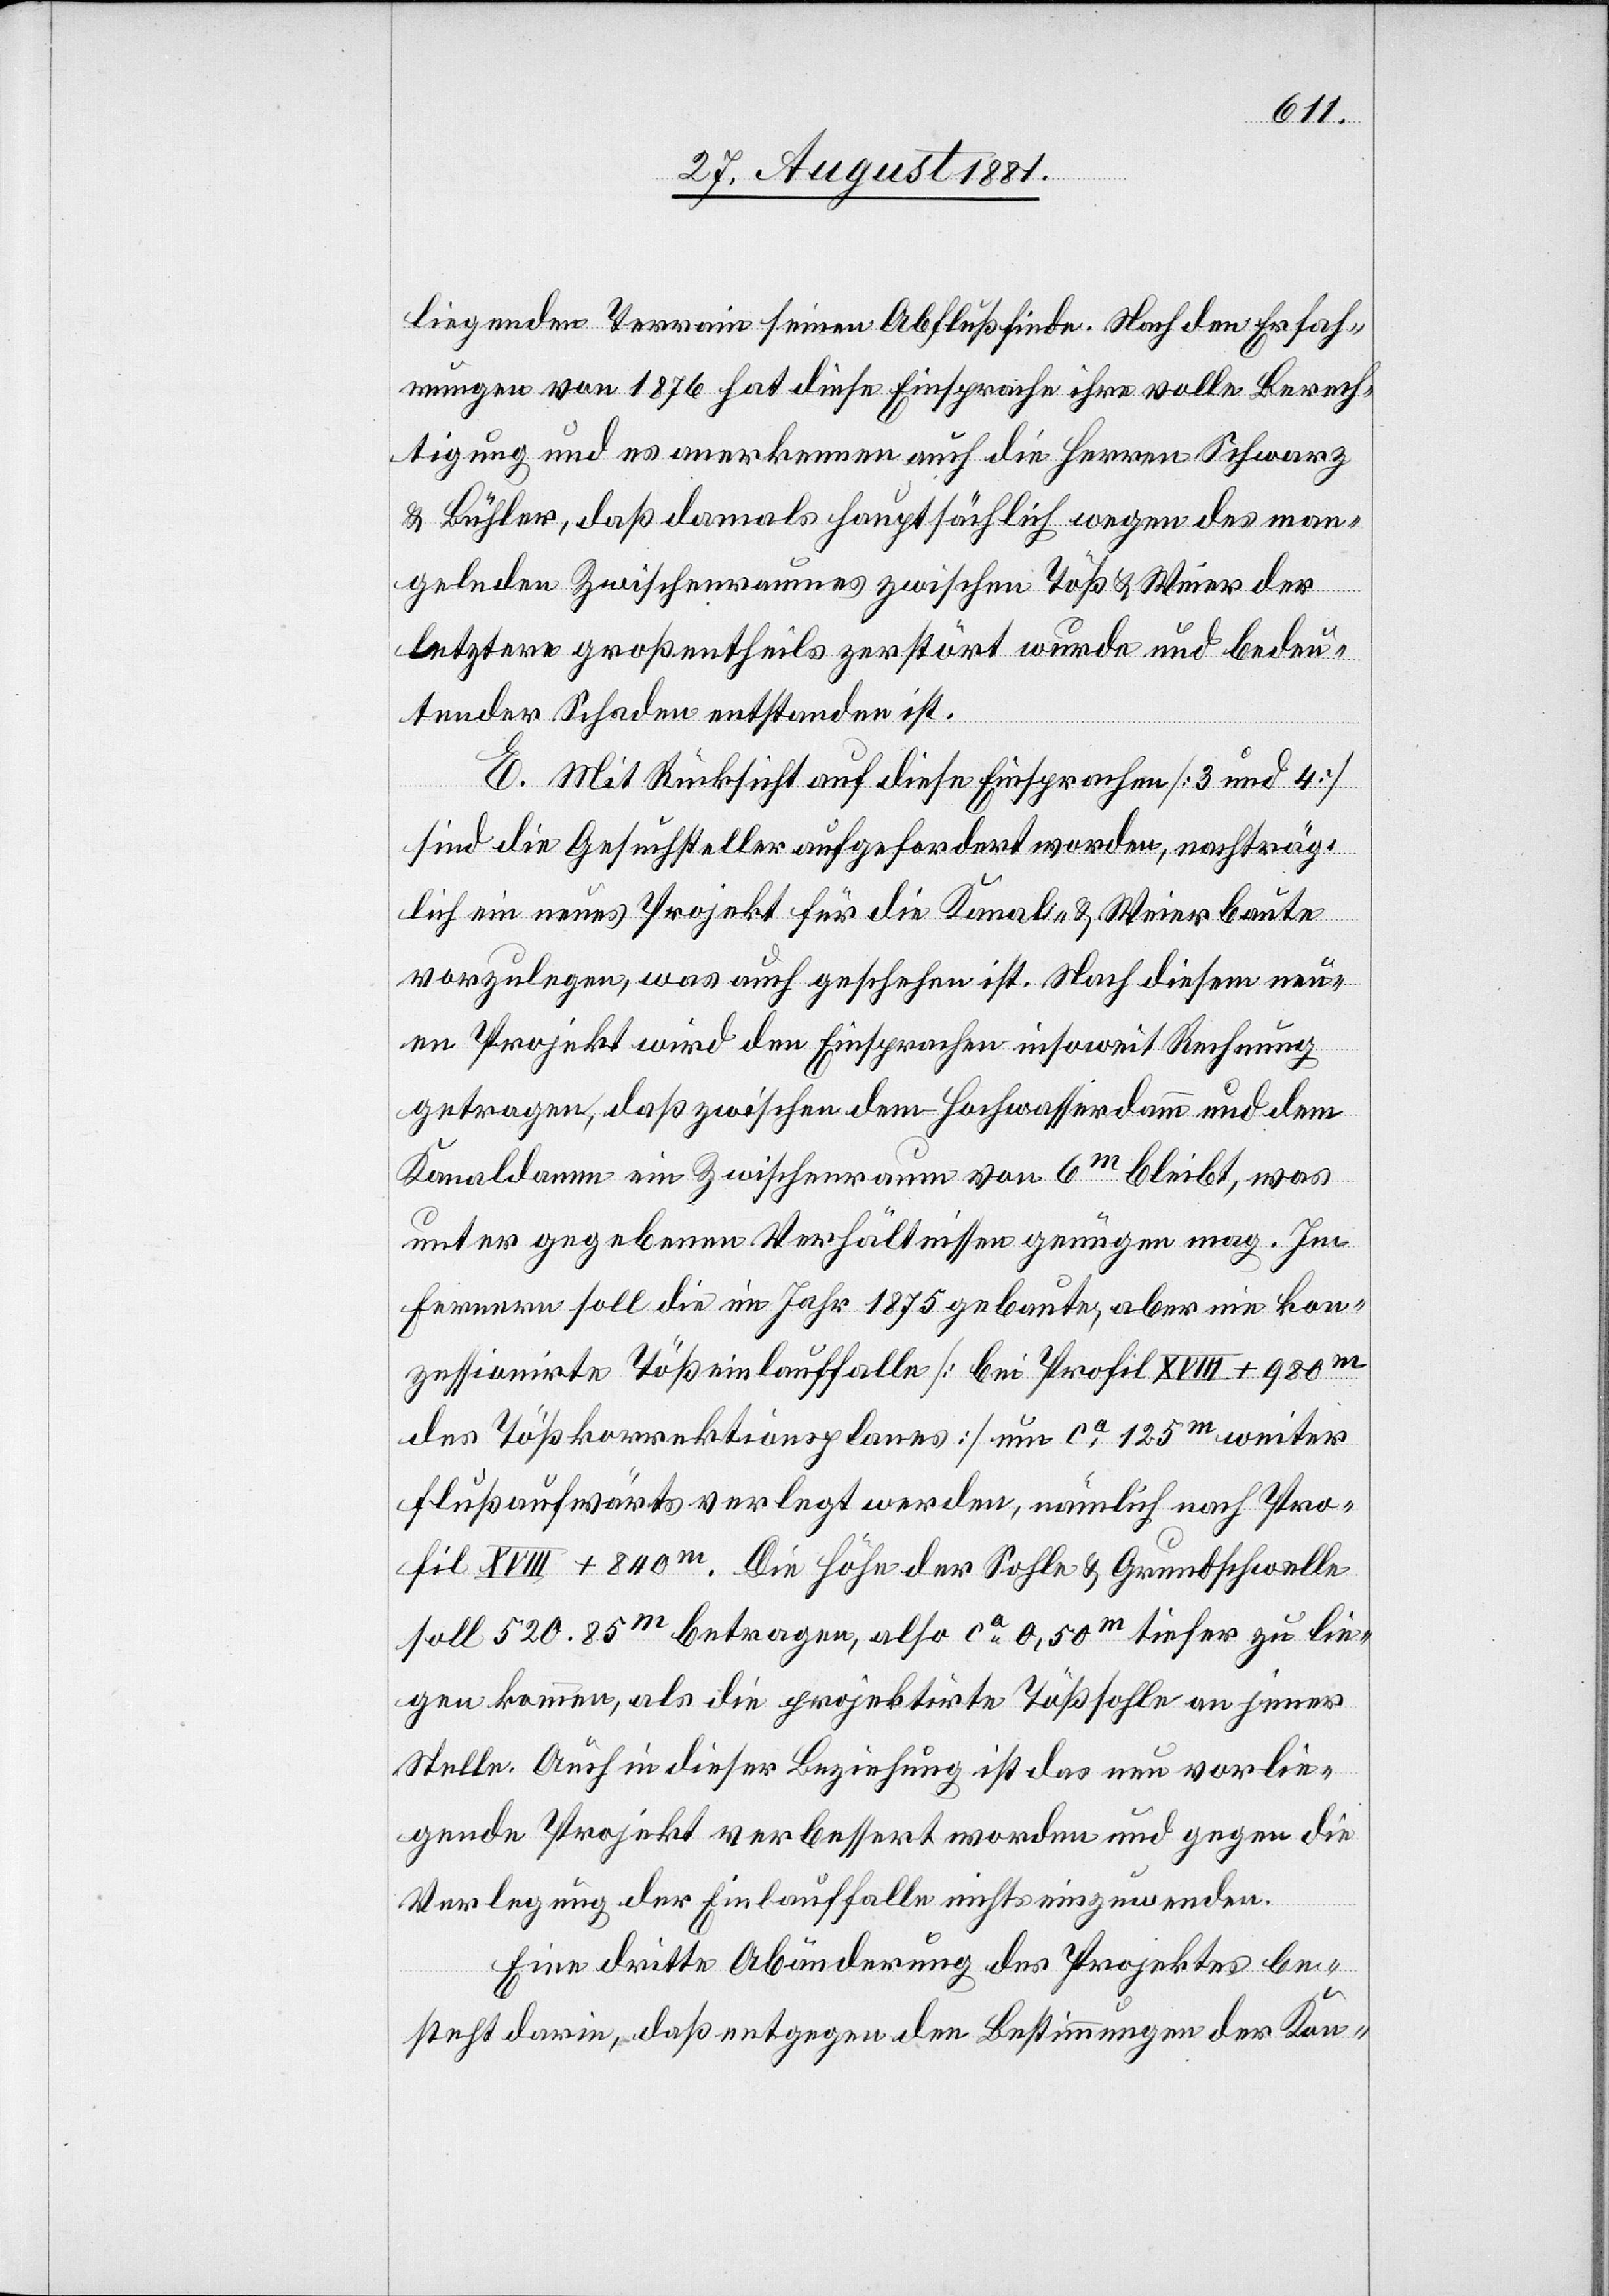
liegenden Terrain seinen Abfluß finde. Nach den Erfah¬
rungen von 1876 hat diese Einsprache ihre volle Berech¬
tigung und es anerkennen auch die Herren Schwarz
& Bühler, daß damals hauptsächlich wegen des man¬
gelnden Zwischenraumes zwischen Töß & Weier der
letztere großentheils zerstört wurde und bedeu¬
tender Schaden entstanden ist.
E. Mit Rücksicht auf diese Einsprachen [3 und 4]
sind die Gesuchsteller aufgefordert worden, nachträg¬
lich ein neues Projekt für die Kanal- & Weierbaute
vorzulegen, was auch geschehen ist. Nach diesem neu¬
en Projekt wird den Einsprachen insoweit Rechnung
getragen, daß zwischen dem Hochwasserdamm und dem
Kanaldamm ein Zwischenraum von 6m bleibt, was
unter gegebenen Verhältnissen genügen mag. Im
Fernern soll die im Jahr 1875 gebaute, aber nie kon¬
zessionirte Tößeinlauffalle [bei Profil XVIII + 980m
des Tößkorrektionsplanes] um ca 125m weiter
flußaufwärts verlegt werden, nämlich nach Pro¬
fil XVIII + 840m. Die Höhe der Sohle & Grundschwelle
soll 520.85m betragen, also ca 0,50m tiefer zu lie¬
gen kommen, als die projektirte Tößfalle an jener
Stelle. Auch in dieser Beziehung ist das neu vorlie¬
gende Projekt verbessert worden und gegen die
Verlegung der Einlauffalle nichts einzuwenden.
Eine dritte Abänderung des Projektes be¬
steht darin, daß entgegen den Bestimmungen der Kon-